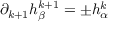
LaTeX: \partial _ { k + 1 } h _ { \beta } ^ { k + 1 } = \pm h _ { \alpha } ^ { k }